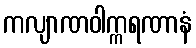
ကလျာဏဝါက္ကရဏာနံ